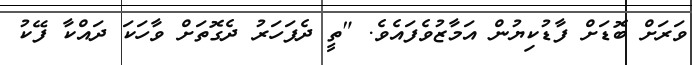
ވަރަށް ބޮޑަށް ފާޑުކިޔުން އަމާޒުވެފައެވެ. "ތީ ދެފަހަރު ދެގޮތަށް ވާހަކަ ދައްކާ ފޭކު